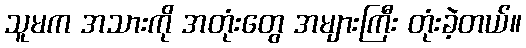
သူမက အသားကို အတုံးတွေ အများကြီး တုံးခဲ့တယ်။